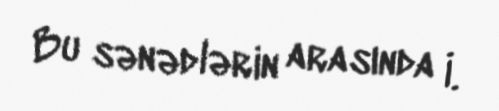
Bu sənədlərin arasında İ.